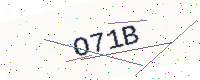
Text: O71B